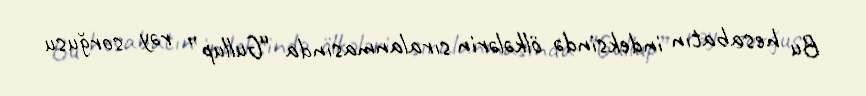
Bu hesabatın indeksində ölkələrin sıralanmasında “Gullup” rəy sorğusu